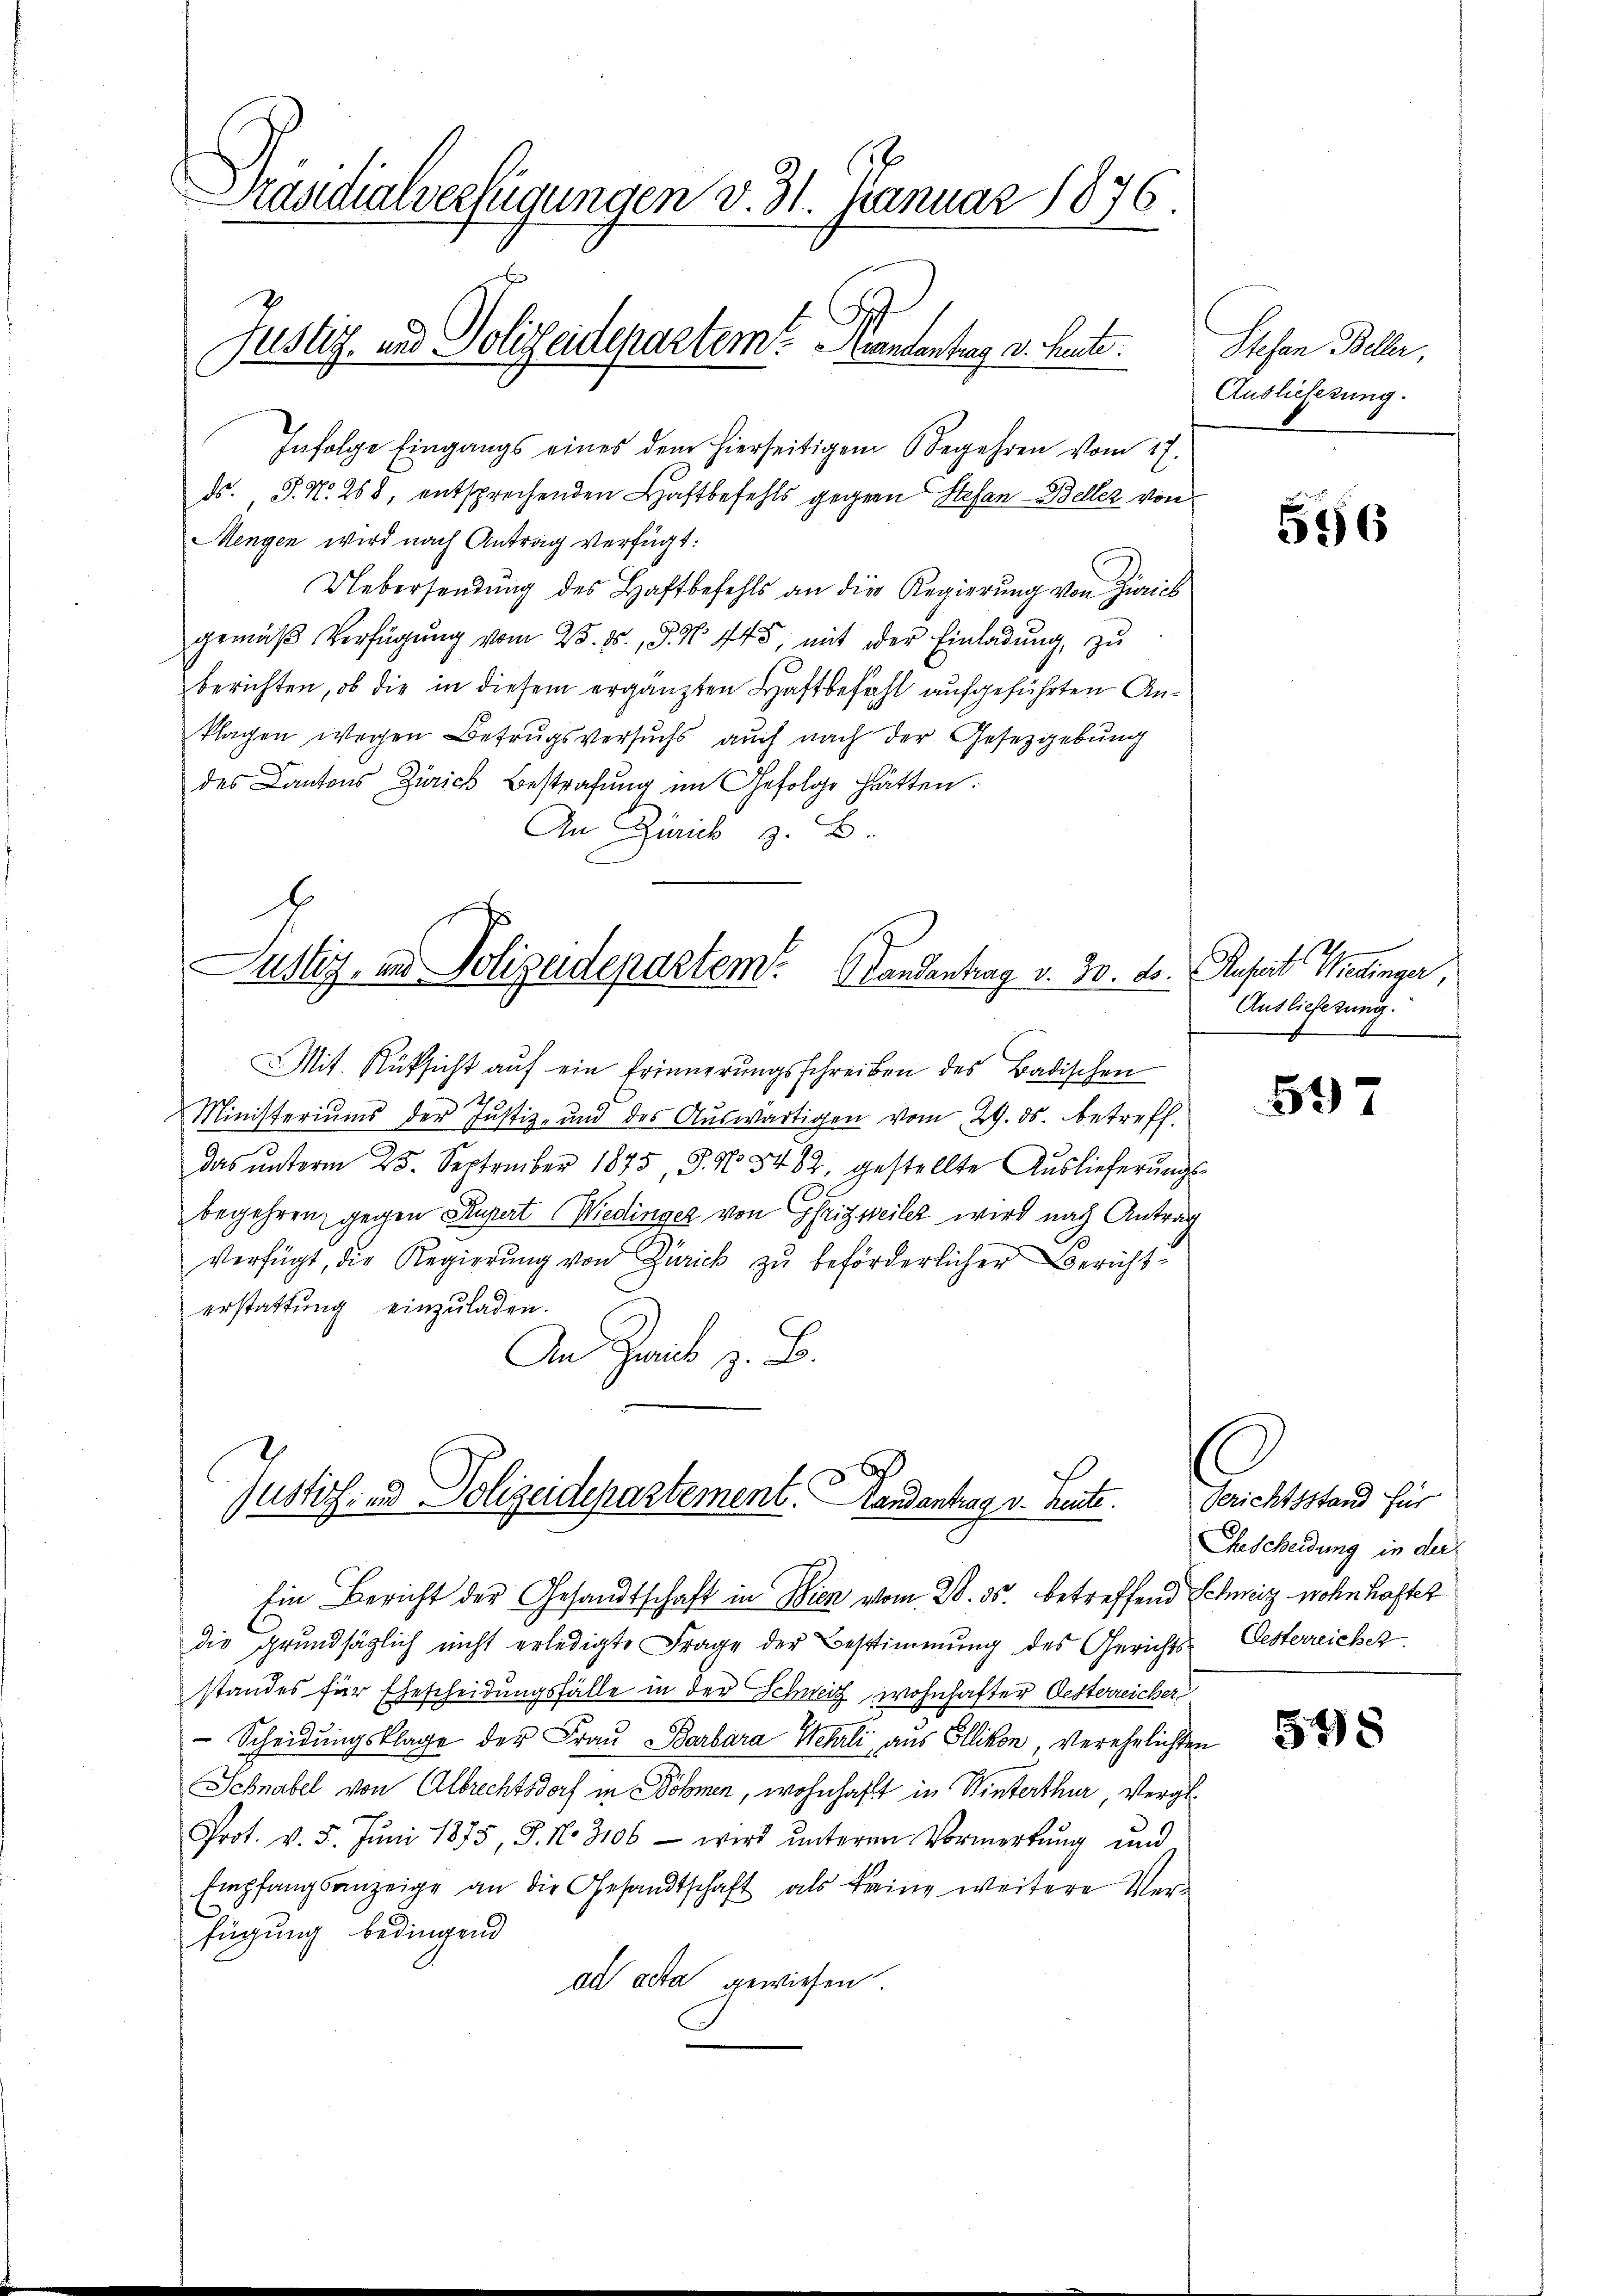
Praudialverfügungen v. 31. Januar 1876.
Justiz- und Polizeidepartem Kantentag v. heut

Infolge Eingangs eines dem hierseitigem Begehren vom 17.
ds. J. N. 258, entsprechenden Haftbefehls gegene Stefan Beller von
Mengen wird nach Antrag verfügt:
Uebersendung des Haftbefehls an die Regierung von Zürich
gemäβ Verfügŭng vom 25. ds., S. N. 445, mit der Einladŭng, zŭ
berichten, ob die in diesem ergänzten Haftbefehl aufgeführten Anklagen wegen Betrugsversuchs auch nach der Gesetzgebung
des Cantons Zürich Bestrafung im Gefolge hätten.
An Zürich z. B.

Mit Rüksicht auf ein Erinnerungsschreiben des Badischen
Ministeriums der Justiz- und des Aŭswärtigen vom 29. ds. betreff.
das ŭnterm 25. September 1875, S. N. 5482. gestellte Aŭslieferŭngs-
begehren gegen Supert (Wiedinger von Grizweiler wird nach Antrag
Verfügt, die Regierŭng von Zürick zu beförderlicher Bericht
erstattung einzuladen.
An Zeit z. B.

Justiz, in Polizeidepartem Landentrag v. 30. ds. Rufert Wiedinger

Justich, und Polizeidepartement. Handantrag v. Heute.

Ein Bericht der Gesandtschaft in Wien vom 28. ds. betreffend Schweiz wohnhafter
die grundsätzlich nicht erledigte Frage der Bestimmung des Gerichts-Oesterreicher.
standes für Ehescheidungsfälle in der Schweiz wohnhafter Oesterreicher
 Scheidŭngsklage der Frau Barbara Wehrli aus Ellikon, verehelichten
Schnabel von Albrechtsdorf in Böhmen, wohnhaft in Winterthur, Vergl.
Prot. v. 5. Jŭni 1875, S. No 3106 - wird ŭnteren Vormerkŭng und
Empfangsanzeige an die Gesandtschaft als keine weitere Verfügung bedingend
ad acta gewiesen.

Stefan Beller,
Auslieferung.

Auslieferung.

556

597

rotestens der
Ehescheidung in der

598